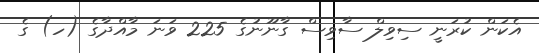
އެކަން ކުރަނީ ސިވިލް ސާވިސް ގާނޫނުގެ 225 ވަނަ މާއްދާގެ (ހ) ގެ